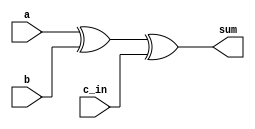
module CarryLookaheadAdder1Bit(output sum, input a, b, input c_in);
	// base of 32-Bit cla (basic adder, not any logic)
	xor xor1(aXorB, a, b);
	xor xor2(sum, aXorB, c_in);
	
endmodule